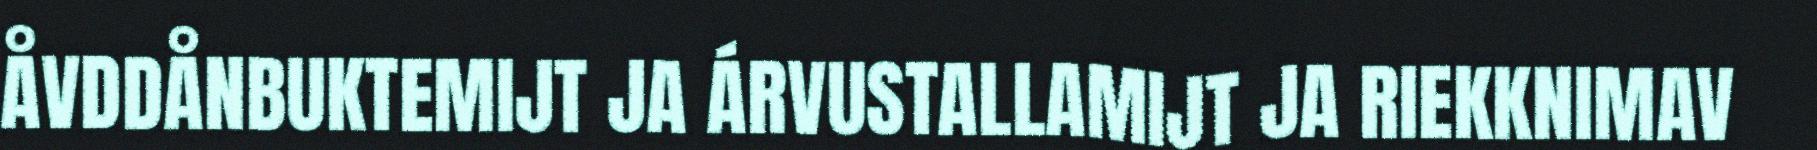
ÅVDDÅNBUKTEMIJT JA ÁRVUSTALLAMIJT JA RIEKKNIMAV